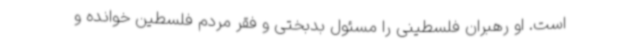
است. او رهبران فلسطینی را مسئول بدبختی و فقر مردم فلسطین خوانده و